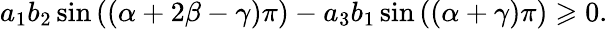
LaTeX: a_{1}b_{2}\sin\left(\left(\alpha+2\beta-\gamma\right)\pi\right)-a_{3}b_{1}\sin\left(\left(\alpha+\gamma\right)\pi\right)\geqslant 0.